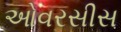
ઓવરસીસ